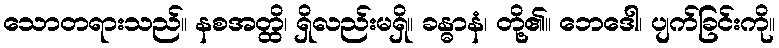
သောတရားသည်။ နစအတ္ထိ၊ ရှိလည်းမရှိ။ ခန္ဓာနံ၊ တို့၏။ ဘေဒေါ၊ ပျက်ခြင်းကို။